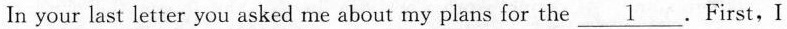
In your last letter you asked me about my plans for the \underline{1}. First,I